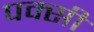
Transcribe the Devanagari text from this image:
पक्सी